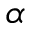
\ensuremath { \alpha }